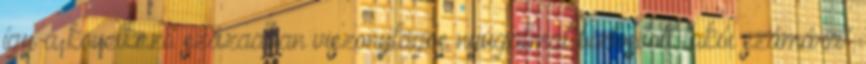
így a következő században viszonylagos nyugalmat biztosított lakói számára"